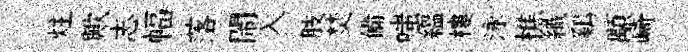
炷歟志幅落閙入肢焚備嗤緼樓泳樵織鷄顒崎